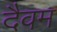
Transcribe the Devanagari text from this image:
दैवम